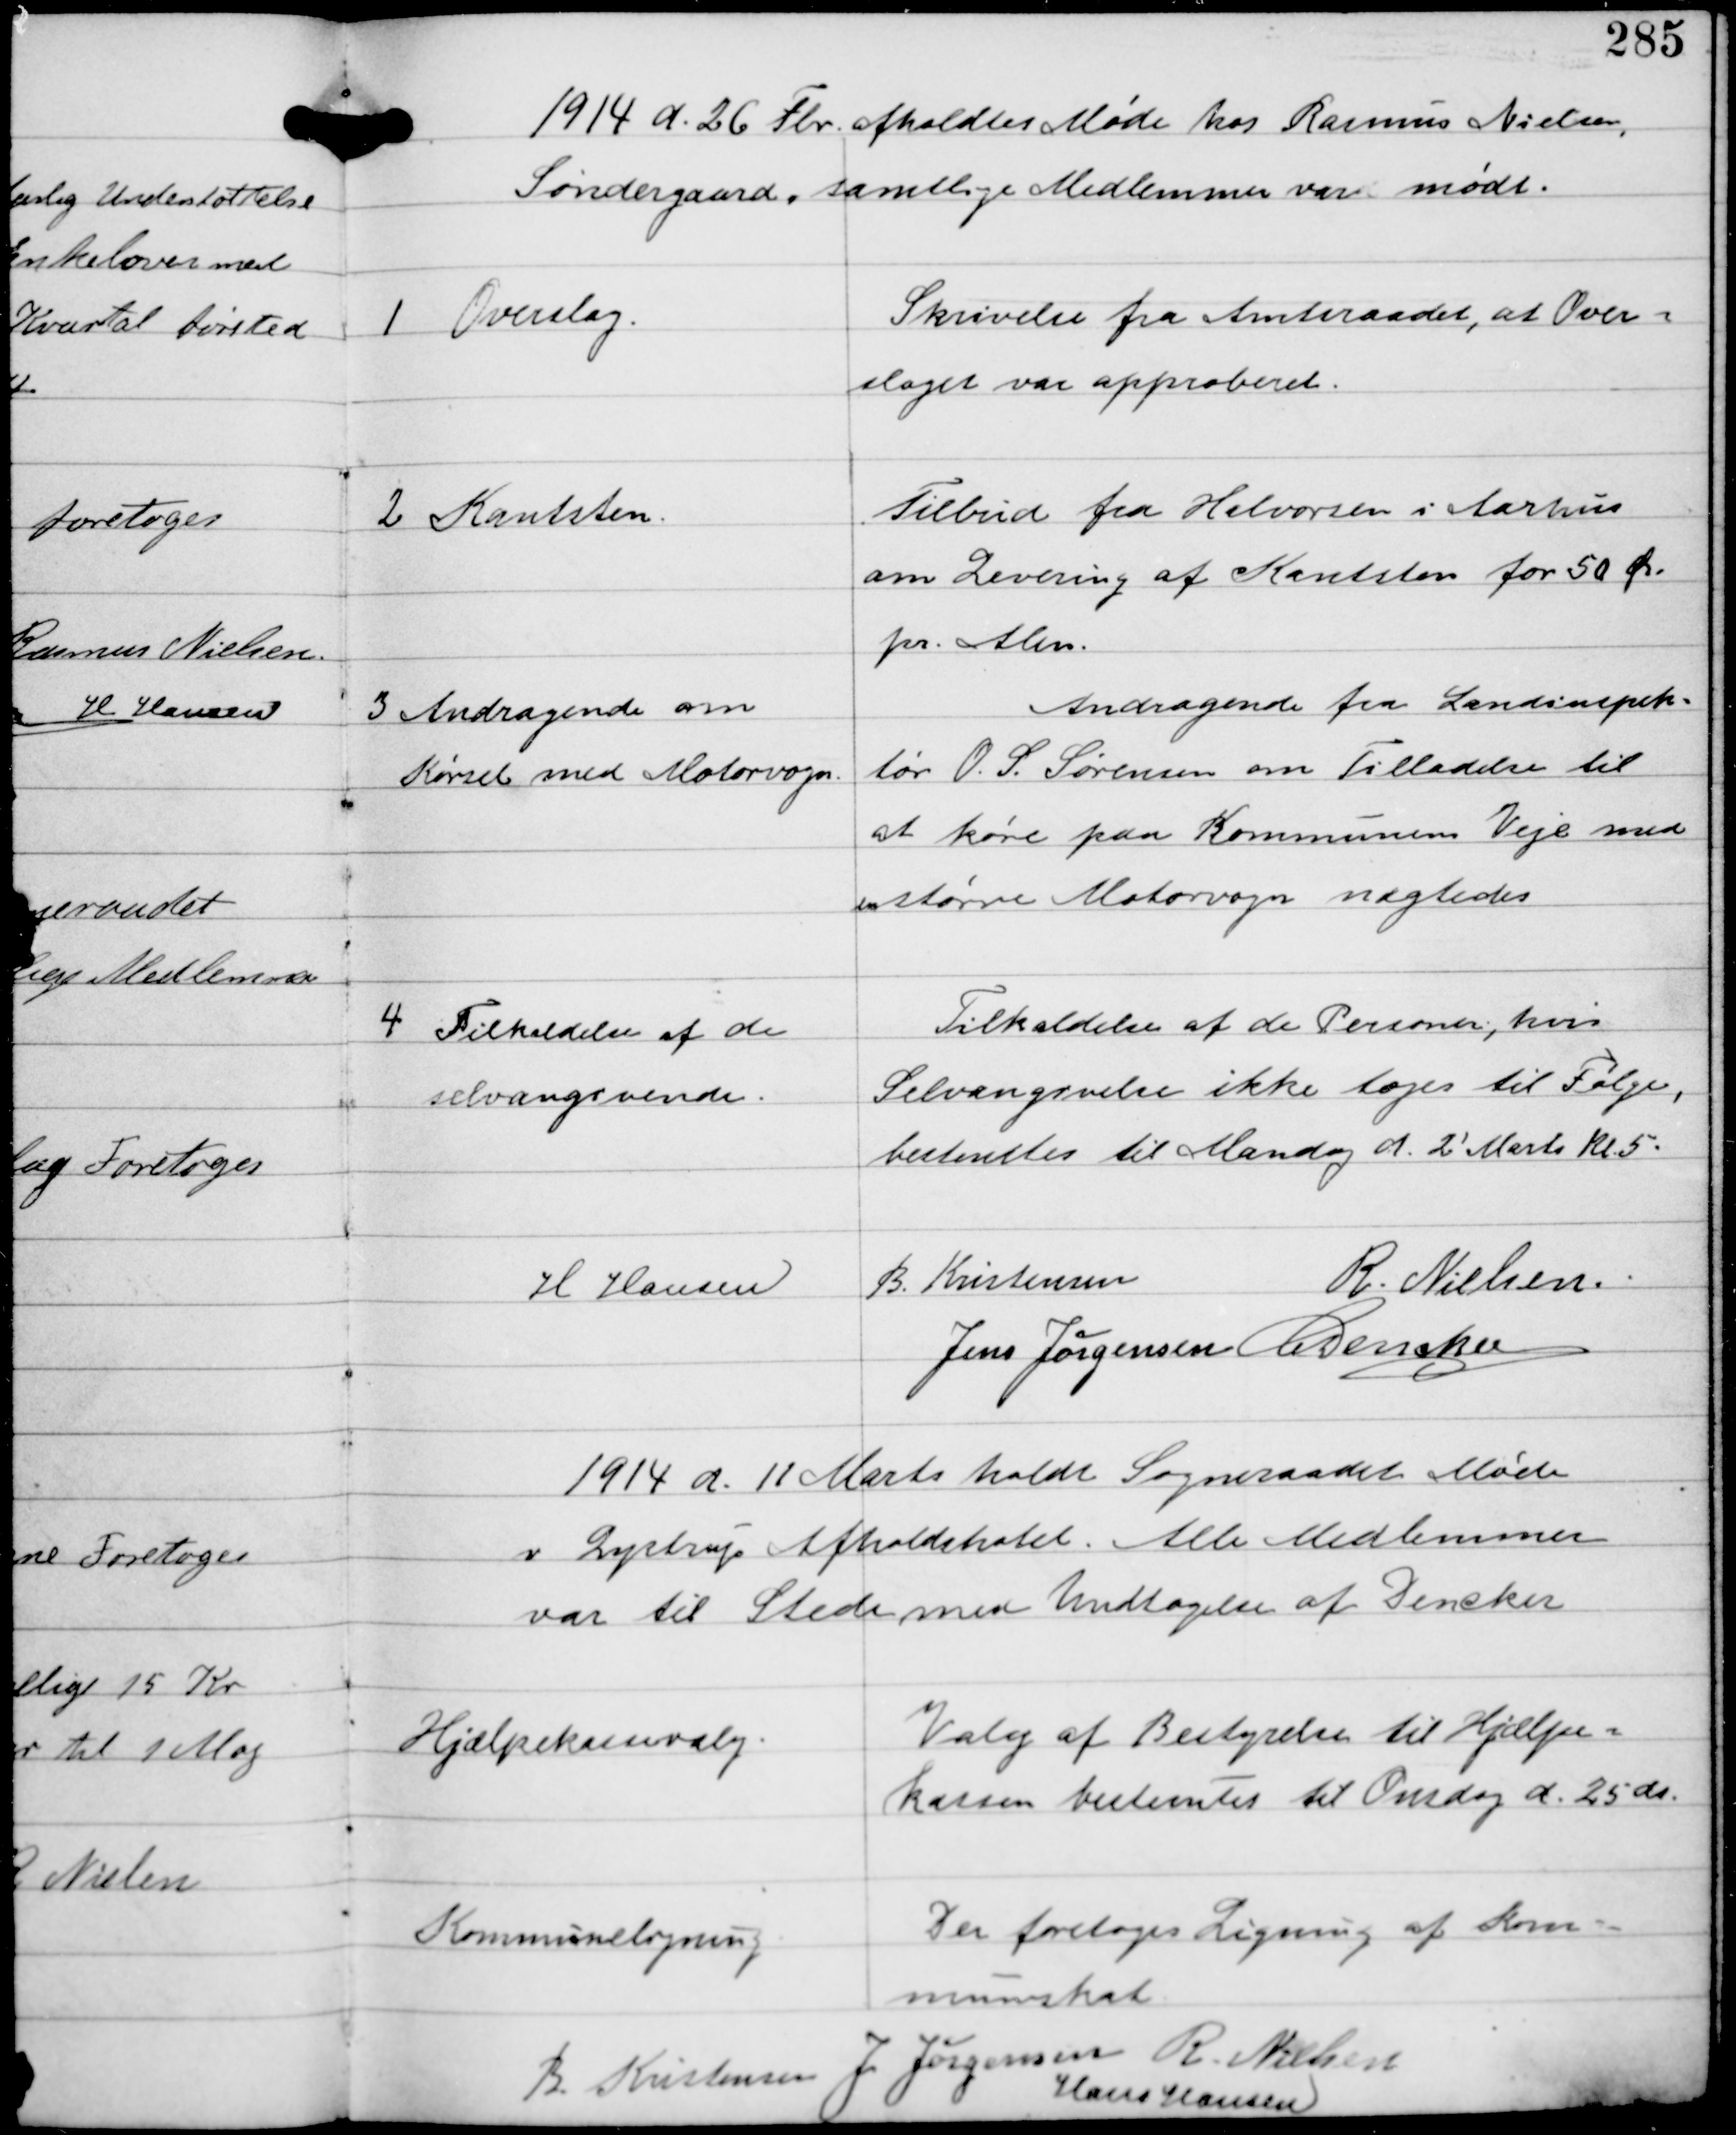
Transskription:
1914 d. 26 Fbr afholdtes Møde hos Rasmus Nielsen
Søndergaard. samtlige Medlemmer var mødt.

1

Overslag

Skrivelse fra Amtsraadet, at Over-
slaget var approberet.

2

Kantsten

Tilbud fra Halvorsen i Aarhus
om Levering af Kantsten for 50 Øre
pr Alen.

3

Andragende om
Kørsel med Motorvogn

Andragende fra Landinspek-
tør O.S. Sørensen om Tilladelse til
at køre paa Kommunens Veje med
en større Motorvogn nægtedes

4

Tilkaldelse af de
selvangivende.

Tilkaldelse af de Personer, hvis
Selvangivelse ikke toges til Følge,
bestemtes til Mandag d. 2' Marts kl 5.

H Hansen
B Kristensen
R Nielsen
Jens Jørgensen C Dencker

1914 d. 11 Marts holdt Sogneraadet Møde
i Lystrup Afholdshotel. Alle Medlemmer
var til Stede med Undtagelse af Dencker

Hjælpekassevalg

Valg af Bestyrelse til Hjælpe-
kassen bestemtes til Onsdag d. 25 ds.

Kommuneligning

Der foretoges Ligning af Kom-
muneskat

B Kristensen
J Jørgensen R Nielsen
Hans Hansen